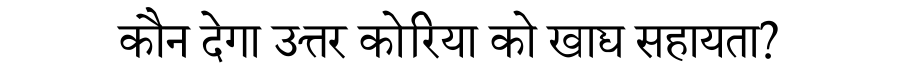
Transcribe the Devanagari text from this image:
कौन देगा उत्तर कोरिया को खाद्य सहायता?